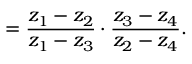
\l = { \frac { z _ { 1 } - z _ { 2 } } { z _ { 1 } - z _ { 3 } } } \cdot { \frac { z _ { 3 } - z _ { 4 } } { z _ { 2 } - z _ { 4 } } } .